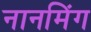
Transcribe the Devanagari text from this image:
नानमिंग